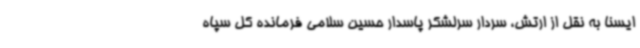
ایسنا به نقل از ارتش، سردار سرلشکر پاسدار حسین سلامی فرمانده کل سپاه